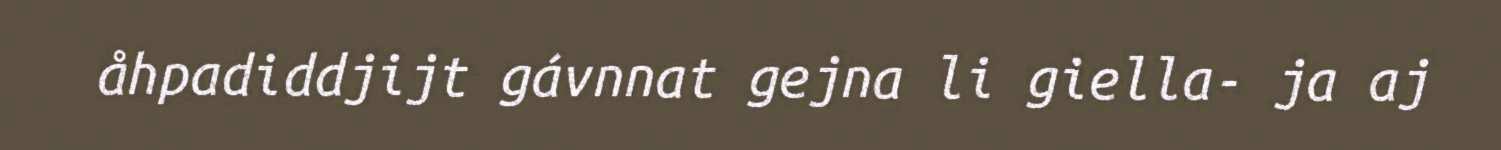
åhpadiddjijt gávnnat gejna li giella- ja aj